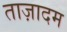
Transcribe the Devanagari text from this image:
ताज़ादम